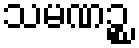
သမဏဉ္စ